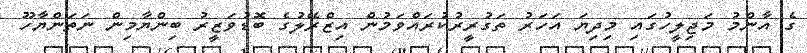
ގެ އާންމު މަޖިލީހުގައި މިދިޔަ އަހަރު ތަގުރީރުކުރައްވަމުން އިޒްރޭލުގެ ބޮޑުވަޒީރު ބިންޔާމިން ނަތަންޔާހޫ